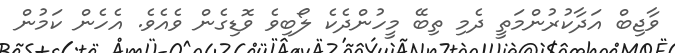
ވާޖިބް އަދާކުރުންމަތީ ދެމި ތިބޭ މީހުންދެކެ ލޯބިވެ ވޮޑިގެން ވެއެވެ. އެހެން ކަމުން